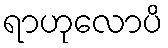
ရာဟုလောပိ